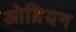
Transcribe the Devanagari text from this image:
ओब्रियन